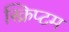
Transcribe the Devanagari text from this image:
स्क्रिप्टम